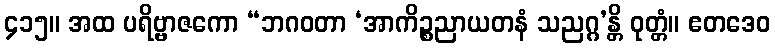
၄၁၅။ အထ ပရိဗ္ဗာဇကော “ဘဂဝတာ ‘အာကိဉ္စညာယတနံ သညဂ္ဂ’န္တိ ဝုတ္တံ။ ဧတဒေဝ